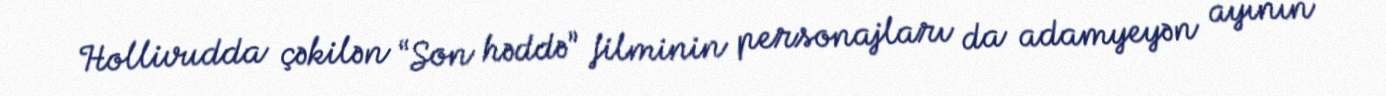
Hollivudda çəkilən “Son həddə” filminin personajları da adamyeyən ayının